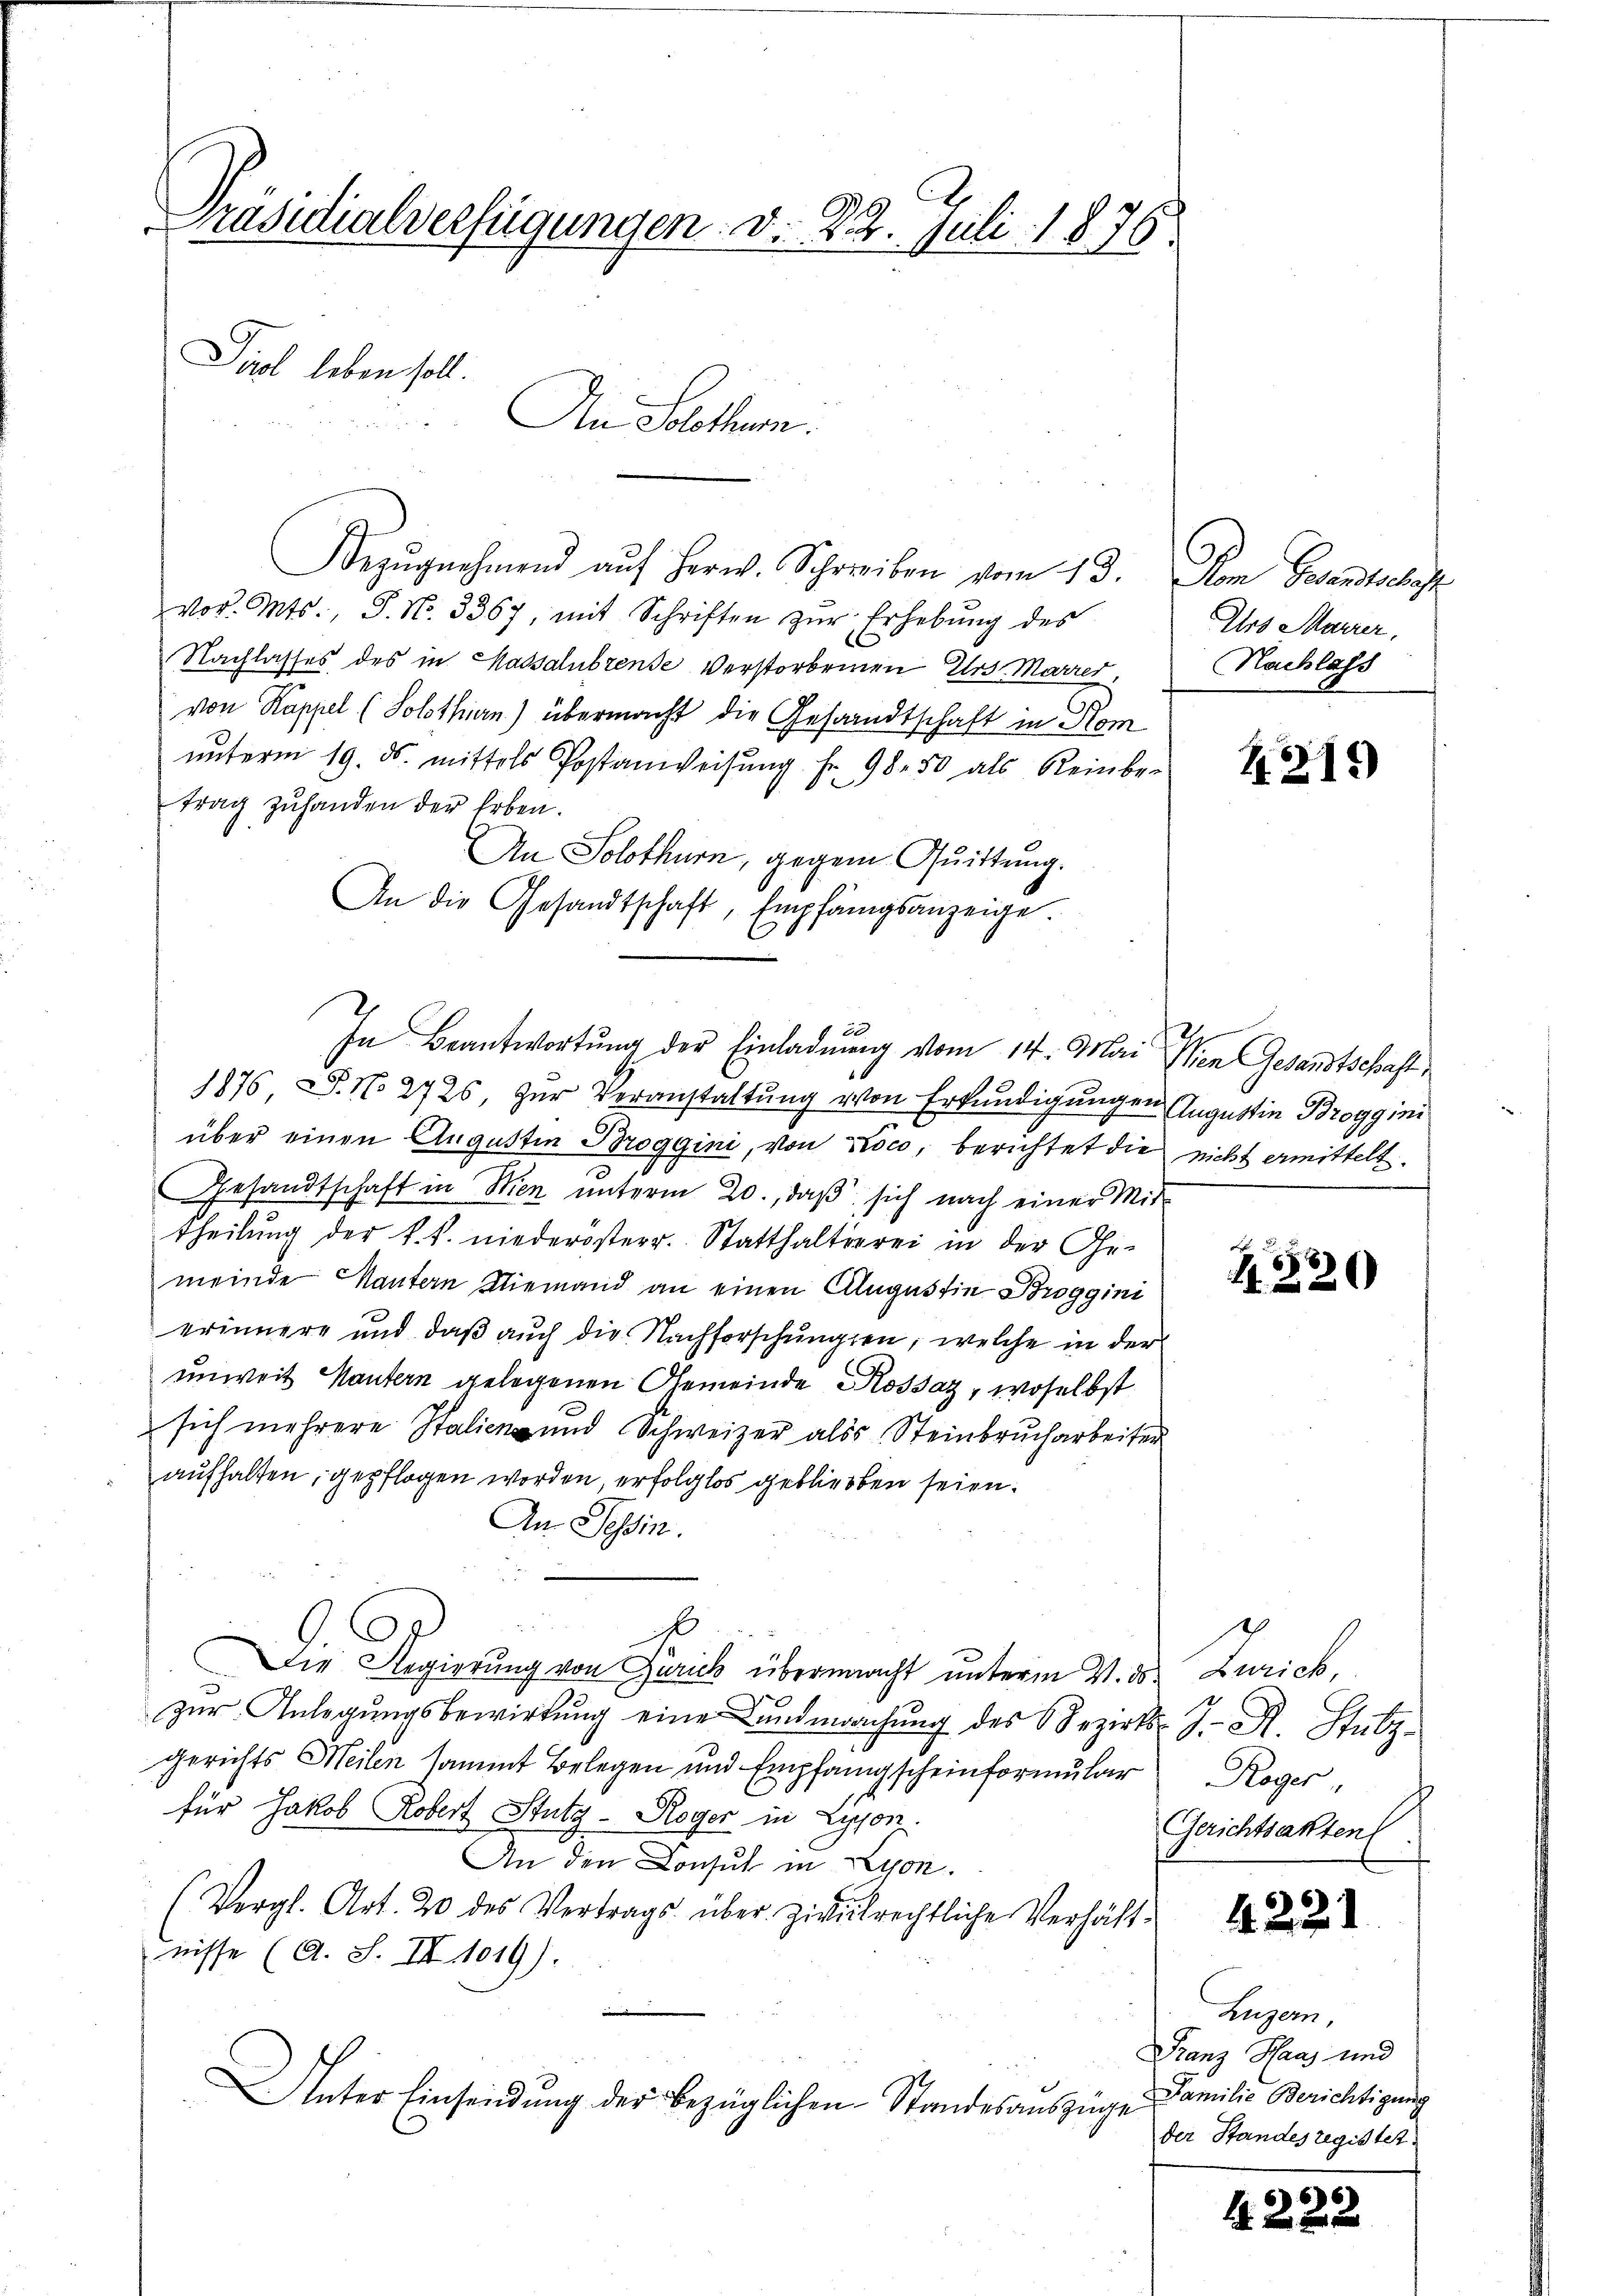
Präsidialverfügungen. d. 22. Juli 1876

Pool leben soll.

Bezŭgnehmend aŭf herw. Schreiben vom 13.
vor. Mts., S. N. 3367, mit Schriften zŭr Erhebŭng des
Nachlasses des in Massalubrente Verstorbenen Urs Marrer
von Kappel (Solothurn) übermacht die Gesandtschaft in Hom
ŭnterm 19. ds. mittels Postanweisŭng Fr. 98. 50 als Reinbe-
trag zuhanden der Erben.
An Solothurn, gegen Quittung.
An die Gesandtschaft, Empfangsanzeige.
In Beantwortung der Einladung vom 14. Mai
1876 S. No. 2726, zur Veranstaltung von Erkundigungen Augustin Broggini
über einen Augustin Boggini, von Roco, berichtet die
Gesandtschaft in Men ŭnterm 20., daβ sich nach einer Mit-
theilung der k. k. niederösterr. Statthalterrei in der Ge-
meinde Mantern Niemand an einen Augustin Broggini
erinnere und daß auch die Nachforschungen, welche in der
unweit Mantern gelegenen Gemeinde Kossaz, woselbst
sich mehrere Italien und Schweizer als Steinbrucharbeiter
aufhalten, gepflogen worden, erfolglos gebliebten seien.
An Tessin.
x
Die Regierung von Zürich übermacht unterm 4. ds.
zur Anlegungsbewirkung eine Landmachung des Bezirksgerichts Meilen sammt Belegen und Empfangscheinformular
für Jakob Robert Stutz - Roger in Lipporz
An den Consul in Lyon.
(Vergl. Art. 20 des Vertrags über Zivilrechtliche Verhält-
nisse (A. S. II 1019).
.
Unter Einsendung der bezüglichen Standesauszüge

An Solothur.

E

Dem Gesandtsches
Irs Marrer,
Nachlass

Ien Gesandtschaft.
nicht ermittelt.

420

Gerich,
J. R. Stutz
Roger
Gerichtsakten

425

1319)

422

¬

Luzern,
Franz Haas und
Familie Berichtigung
der Standesregistet.